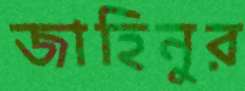
জাহিনুর